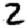
Digit: 2